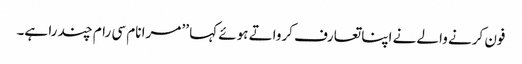
فون کرنے والے نے اپنا تعارف کرواتے ہوئے کہا ’’ مرا نام سی رام چند را ہے۔